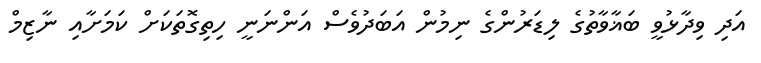
އަދި ވިދާޅުވީ ބަޣާވާތުގެ ލިޑަރުންގެ ނިމުން އަބަދުވެސް އަންނަނީ ހިތިގޮތަކަށް ކަމަށާއި ނާޒިމް